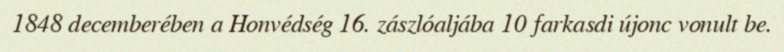
1848 decemberében a Honvédség 16. zászlóaljába 10 farkasdi újonc vonult be.